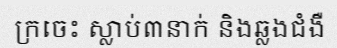
ក្រចេះ ស្លាប់៣នាក់ និងឆ្លងជំងឺ